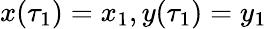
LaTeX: x(\tau_{1})=x_{1},y(\tau_{1})=y_{1}